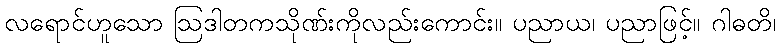
လရောင်ဟူသော ဩဒါတကသိုဏ်းကိုလည်းကောင်း။ ပညာယ၊ ပညာဖြင့်။ ဂါဓတိ၊